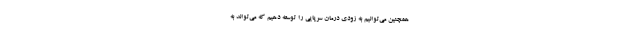
همچنین می‌توانیم به زودی درمان سرپایی را توسعه دهیم که می‌تواند به